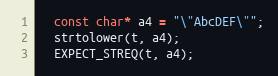
Language: C++
  const char* a4 = "\"AbcDEF\"";
  strtolower(t, a4);
  EXPECT_STREQ(t, a4);